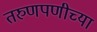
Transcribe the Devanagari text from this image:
तरुणपणीच्या